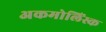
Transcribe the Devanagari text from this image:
अकमोलिंस्क